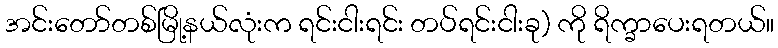
အင်းတော်တစ်မြို့နယ်လုံးက ရင်းငါးရင်း တပ်ရင်းငါးခု) ကို ရိက္ခာပေးရတယ်။